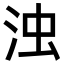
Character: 浊